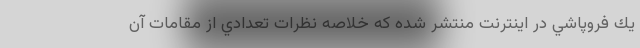
يك فروپاشي در اينترنت منتشر شده كه خلاصه نظرات تعدادي از مقامات آن